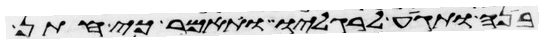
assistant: בנה ותגיע לרגליו ותאמר כי חתן